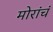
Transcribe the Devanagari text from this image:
मोरांचं